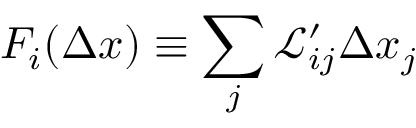
F _ { i } ( \Delta x ) \equiv \sum _ { j } \mathcal { L } _ { i j } ^ { \prime } \Delta x _ { j }